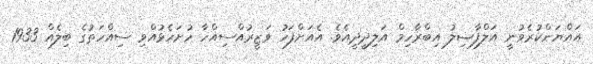
އައްޔަންކުރެވުނީ އަލްފާޟިލު އިބްރާހިމް އަލިދީދީއެވެ. އެއަށްފަހު ވަޒީރުއްސިއްހާ ހުށަހެޅުއްވި ސިއްހަތުގެ ބިލެއް 1933